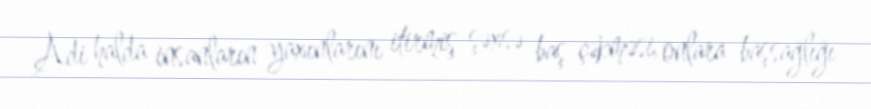
Adi halda insanların yaxınlarını itirmiş şəxsə baş çəkməsi, onlara başsağlığı